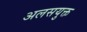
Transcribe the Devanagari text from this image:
अलसयुक्त